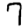
Digit: 7